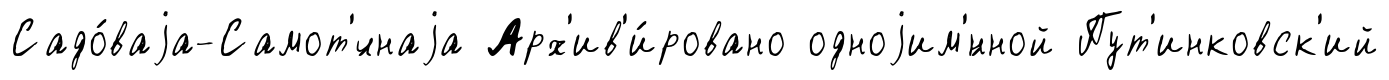
Садо́ваjа-Самот'́чнаjа Арх'ив'и́ровано одноjим'́нной Пут'инковск'ий